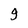
Character: 9